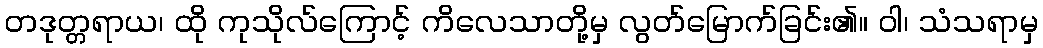
တဒုတ္တရာယ၊ ထို ကုသိုလ်ကြောင့် ကိလေသာတို့မှ လွတ်မြောက်ခြင်း၏။ ဝါ၊ သံသရာမှ